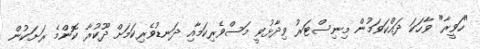
"ހަވީރާ" ވާހަކަ ދައްކަވަމުން މިނިސްޓަރު ވިދާޅުވީ މަސްވެރިކަމާއި ދަނޑުވެރިކަމަށް ދޫކުރާ ކޮންމެ ރަށަކުން